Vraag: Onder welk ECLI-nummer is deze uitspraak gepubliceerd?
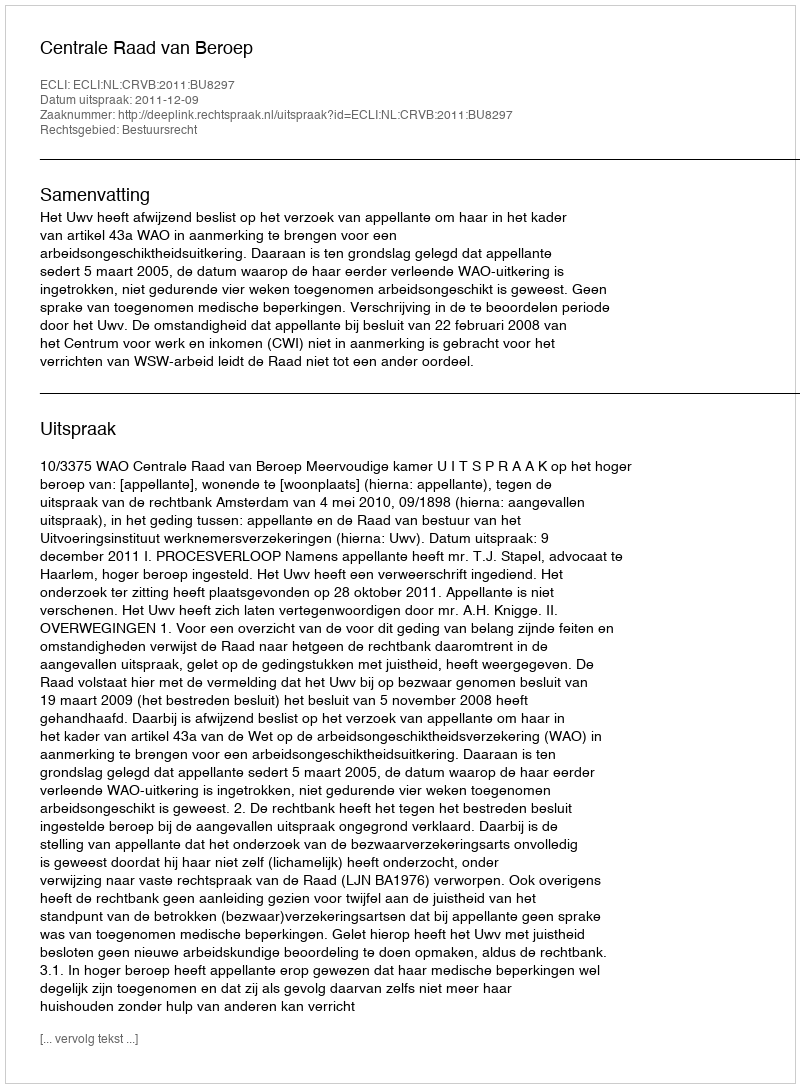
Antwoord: ECLI:NL:CRVB:2011:BU8297